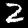
Digit: 2